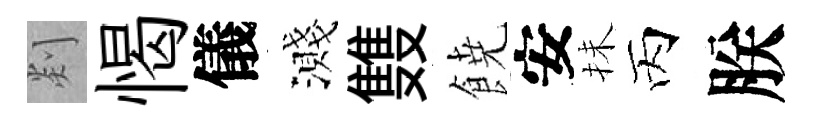
剡愒儀濺䨇𩜙安抺丙朕